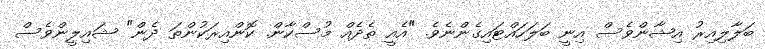
ބަލާލިއިރު އިޝާންވެސް އިނީ ބަލަހައްޓައިގެންނެވެ. "އެއީ ތެދެއް މުސްކާން. ކޮންއިރަކުންތަ ދެން" ޝައިލީންވެސް